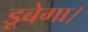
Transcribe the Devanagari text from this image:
डूबेगा।